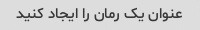
عنوان یک رمان را ایجاد کنید